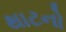
થાટનો